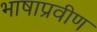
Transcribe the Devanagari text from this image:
भाषाप्रवीण